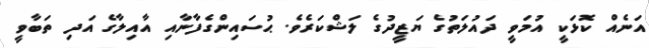
އަނެއް ކޮޅަކީ އުމަވީ ދައުލަތުގެ ޔަޒީދުގެ ލަޝްކަރެވެ. ޙުސައިންގެފާނާއި އާއިލާގެ އަދި ތަބާވީ